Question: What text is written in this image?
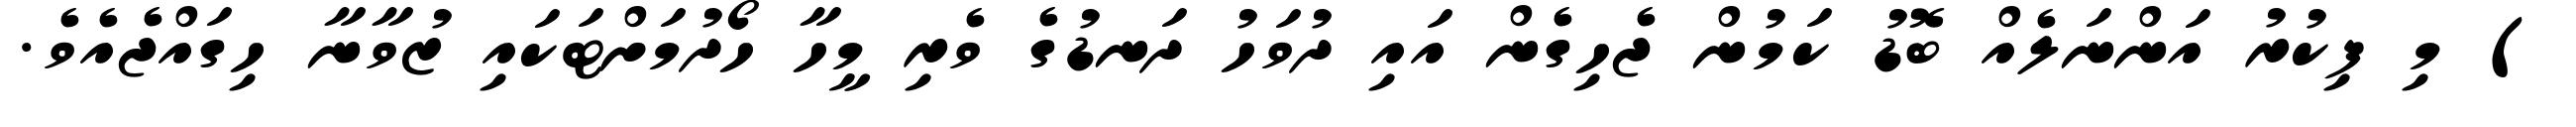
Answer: ) މި ފިކުރު އަންނަލެއް ބޮޑު ކަމުން ޖެހިގެން އައި ދުވަހު ދަނޑުގެ ވެރި މީހާ ހޯދުމަށްޓަކައި ޒުވާނާ ހިގައްޖެއެވެ.